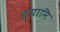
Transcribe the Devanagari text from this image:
त्यानि